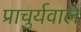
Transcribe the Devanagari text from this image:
प्राचुर्यवाले